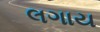
લગાય